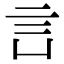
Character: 𧥜